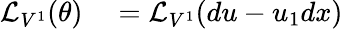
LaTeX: \begin{array}{rlrl}{{\mathcal{L}}_{V^{1}}(\theta)}&{{}={\mathcal{L}}_{V^{1}}(du-u_{1}dx)}\end{array}